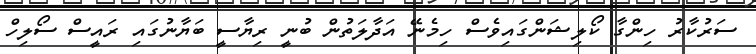
ސަރުކާރު ހިންގާ ކޯލިޝަންގައިވެސް ހިމެނޭ އަދާލަތުން ބުނީ ރިޔާސީ ބަޔާނުގައި ރައީސް ސޯލިހް